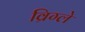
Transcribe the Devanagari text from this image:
व्रिग्ले